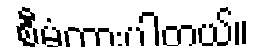
စီမံထားပါတယ်။